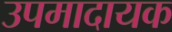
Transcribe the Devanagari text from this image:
उपमादायक